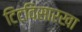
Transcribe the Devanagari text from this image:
टिटविसारखा